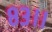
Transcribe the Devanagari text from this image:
८३।।